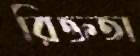
রিক্ততা